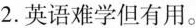
2.英语难学但有用。